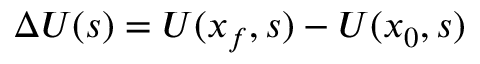
\Delta U ( s ) = U ( x _ { f } , s ) - U ( x _ { 0 } , s )